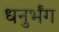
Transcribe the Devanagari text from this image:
धनुर्भंग